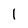
Character: I